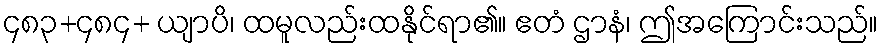
၄၈၃+၄၈၄+ ယျာပိ၊ ထမူလည်းထနိုင်ရာ၏။ ဧတံ ဌာနံ၊ ဤအကြောင်းသည်။